Distribution and causation of leprosy in British India
Year: 1875
Disease focus: Leprosy
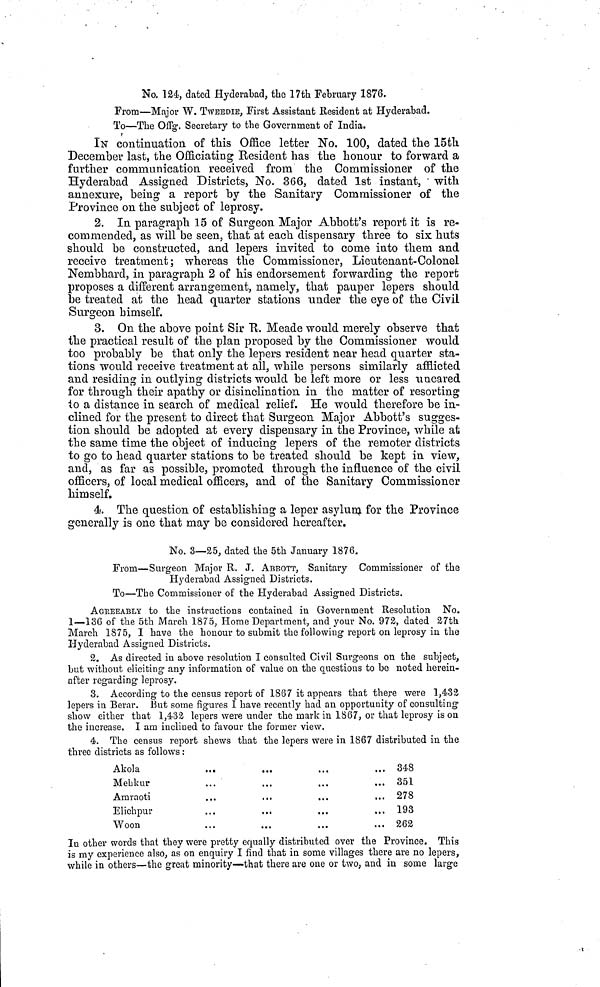
No. 124, dated Hyderabad, the 17th February 1876.
From—Major W. TWEEDIE, First Assistant Resident at Hyderabad.
To—The Offg. Secretary to the Government of India.
IN continuation of this Office letter No. 100, dated the 15th
December last, the Officiating Resident has the honour to forward a
further communication received from the Commissioner of the
Hyderabad Assigned Districts, No. 366, dated 1st instant, with
annexure, being a report by the Sanitary Commissioner of the
Province on the subject of leprosy.
2. In paragraph 15 of Surgeon Major Abbott's report it is re-
commended, as will be seen, that at each dispensary three to six huts
should be constructed, and lepers invited to come into them and
receive treatment; whereas the Commissioner, Lieutenant-Colonel
Nembhard, in paragraph 2 of his endorsement forwarding the report
proposes a different arrangement, namely, that pauper lepers should
be treated at the head quarter stations under the eye of the Civil
Surgeon himself.
3. On the above point Sir R.Meade would merely observe that
the practical result of the plan proposed by the Commissioner would
too probably be that only the lepers resident near head quarter sta-
tions would receive treatment at all, while persons similarly afflicted
and residing in outlying districts would be left more or less uncared
for through their apathy or disinclination in the matter of resorting
io a distance in search of medical relief. He would therefore be in-
clined for the present to direct that Surgeon Major Abbott's sugges-
tion should be adopted at every dispensary in the Province, while at
the same time the object of inducing lepers of the remoter districts
to go to head quarter stations to be treated should be kept in view,
and, as far as possible, promoted through the influence of the civil
officers, of local medical officers, and of the Sanitary Commissioner
himself.
4. The question of establishing a leper asylum for the Province
generally is one that may be considered hereafter.
No. 3—25, dated the 5th January 1876.
From—Surgeon Major R. J. ABBOTT, Sanitary Commissioner of the
Hyderabad Assigned Districts.
To—The Commissioner of the Hyderabad Assigned Districts.
AGREEABLY to the instructions contained in Government Resolution No.
1—136 of the 5th March 1875, Home Department, and your No. 972, dated 27th
March 1875, I have the honour to submit the following report on leprosy in the
Hyderabad Assigned Districts.
2. As directed in above resolution I consulted Civil Surgeons on the subject,
but without eliciting any information of value on the questions to be noted herein-
after regarding leprosy.
3. According to the census report of 1867 it appears that there were 1,432
lepers in Berar. But some figures I have recently had an opportunity of consulting
show either that 1,432 lepers were under the mark in 1867, or that leprosy is on
the increase. I am inclined to favour the former view.
4. The census report shews that the lepers were in 1867 distributed in the
three districts as follows :
Akola
Mebkur
Amraoti
Elichpur
Woon
...
• . 1
. ..
...
. . .
...
...
. ..
...
...
».
!..
...
...
. ..
...
...
...
...
...
348
351
278
193
262
In other words that they were pretty equally distributed over the Province. This
is my experience also, as on enquiry I find that in some villages there are no lepers,
while in others—the great minority—that there are one or two, and in some large